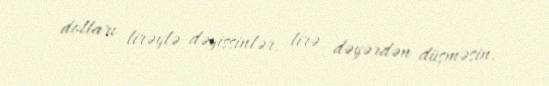
dolları lirəylə dəyişsinlər, lirə dəyərdən düşməsin.